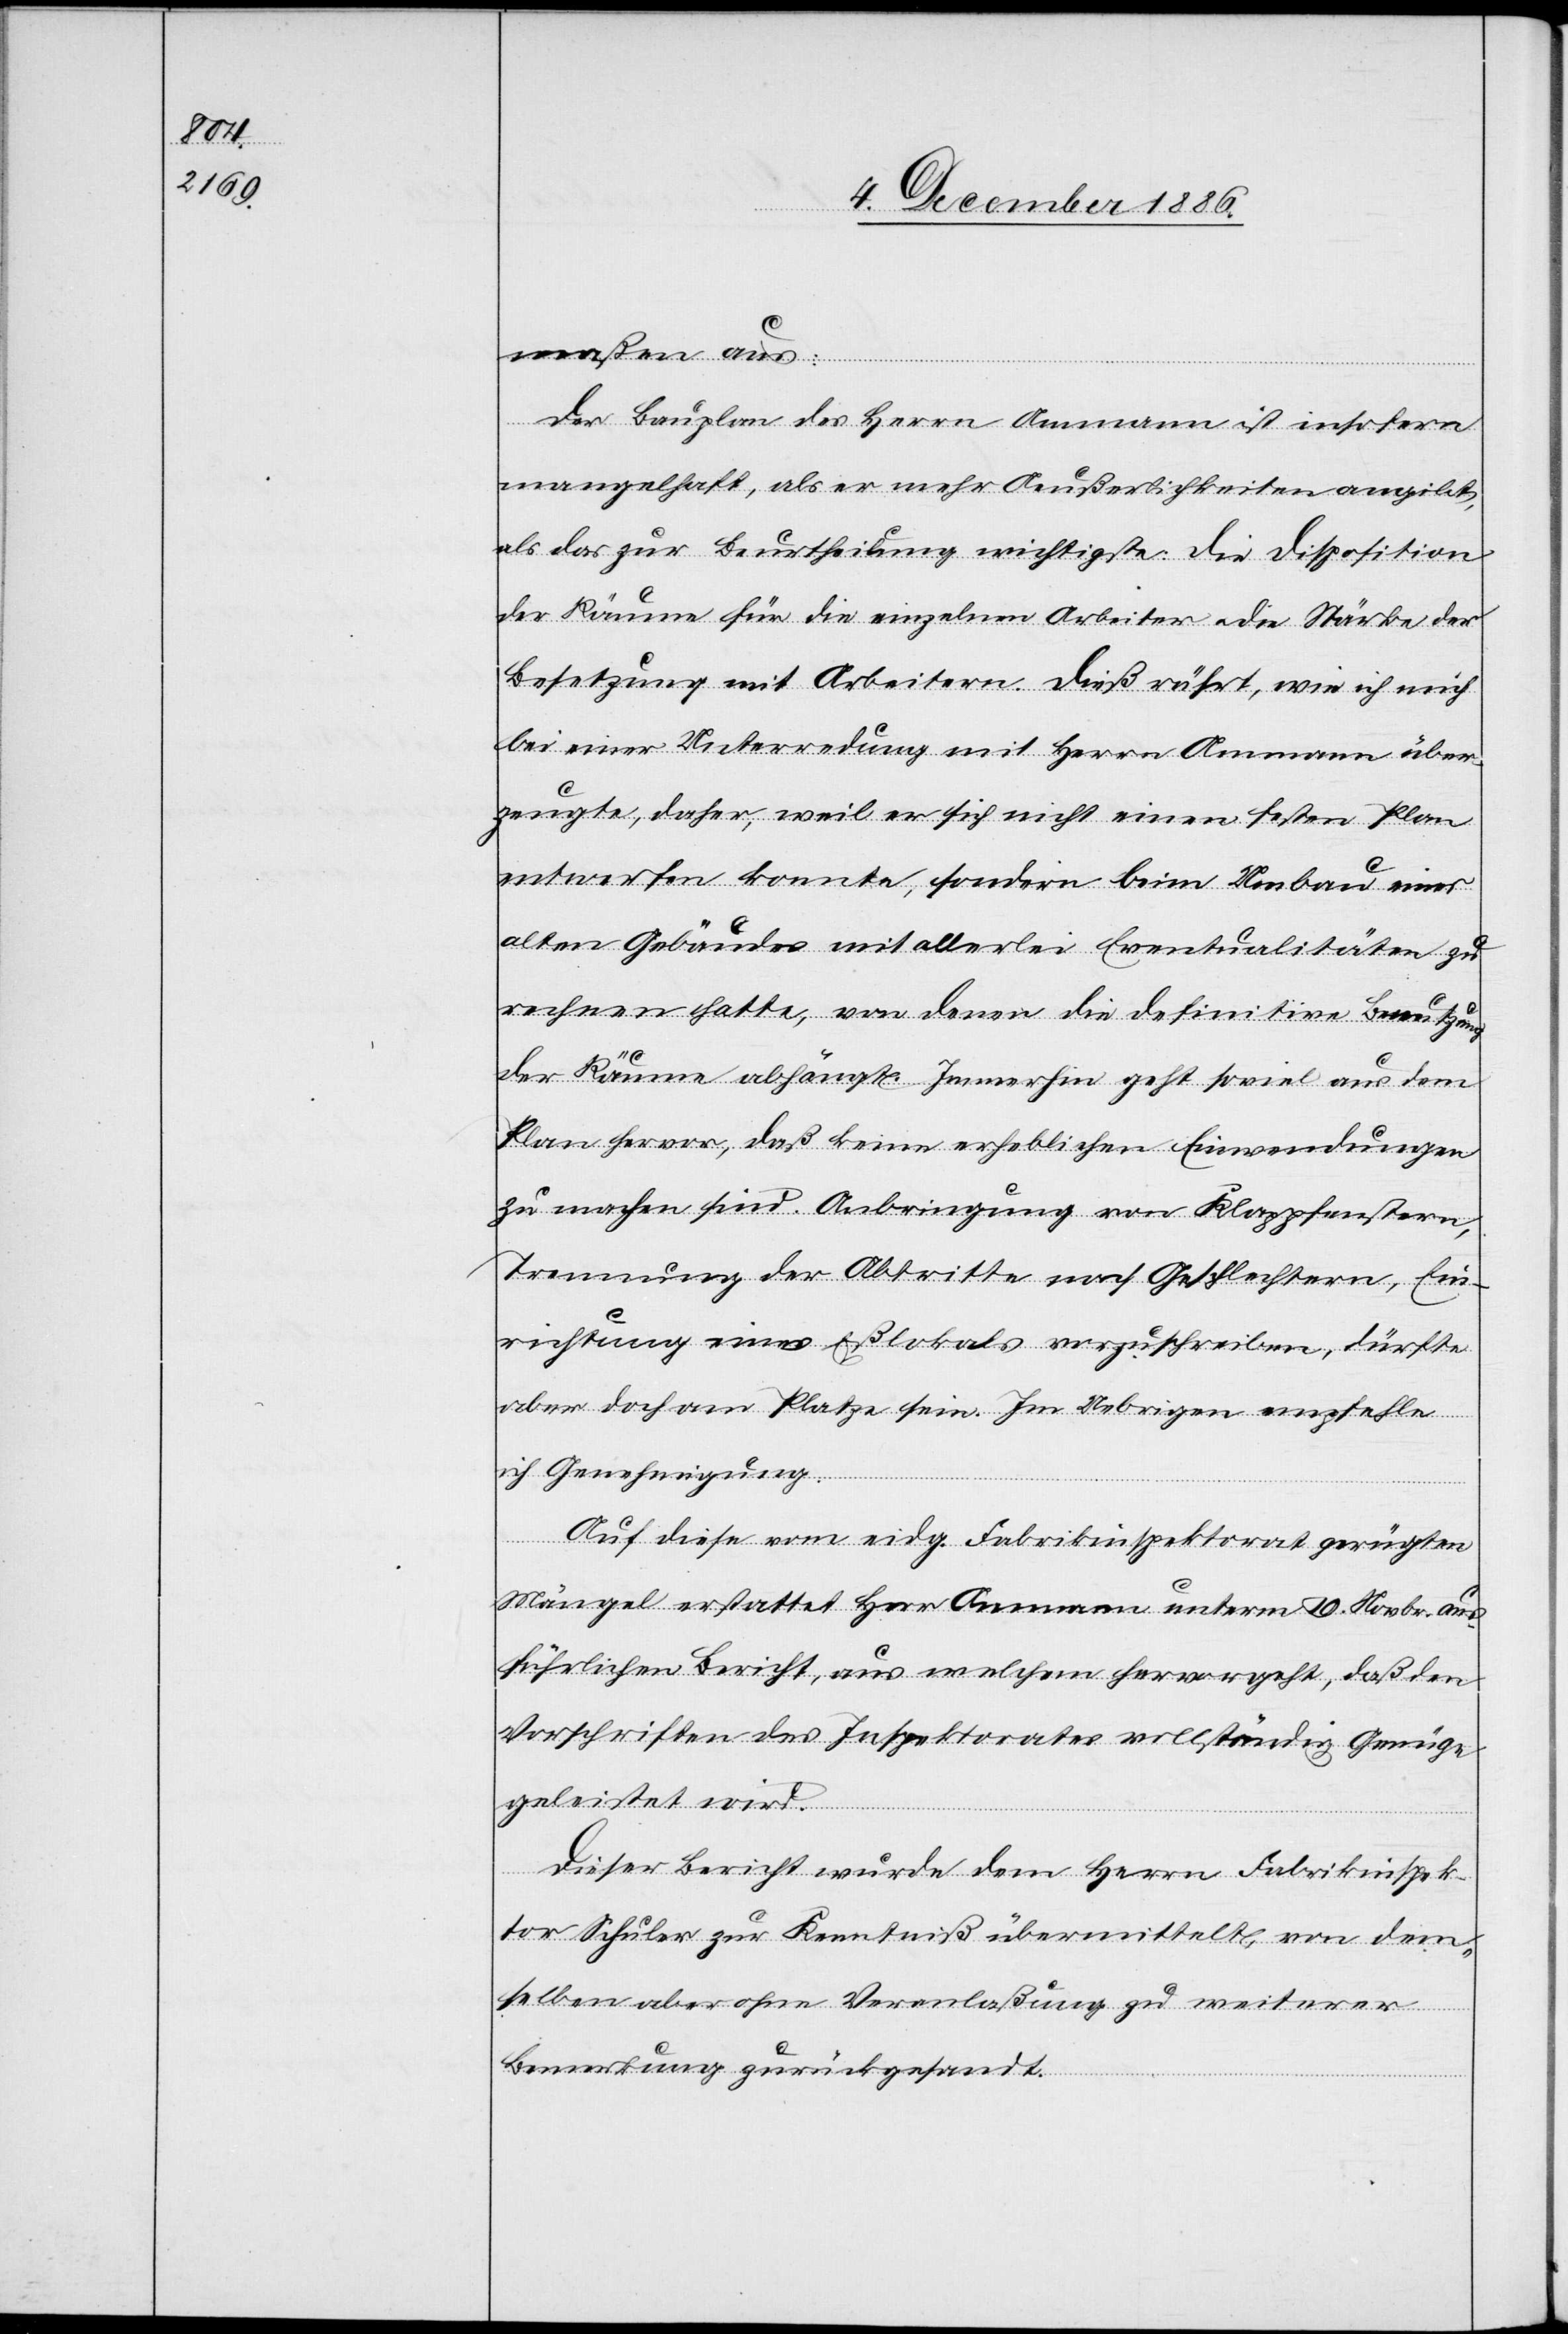
maßen aus:
Der Bauplan des Herrn Ammann ist insofern
mangelhaft, als er mehr Aeußerlichkeiten angibt,
als das zur Beurtheilung wichtigste: Die Disposition
der Räume für die einzelnen Arbeiter & die Stärke der
Besetzung mit Arbeitern. Dieß rührt, wie ich mich
bei einer Unterredung mit Herrn Ammann über¬
zeugte, daher, weil er sich nicht einen festen Plan
entwerfen konnte, sondern beim Umbau eines
alten Gebäudes mit allerlei Eventualitäten zu
rechnen hatte, von denen die definitive Benutzung
der Räume abhängt. Immerhin geht soviel aus dem
Plan hervor, daß keine erheblichen Einwendungen
zu machen sind. Anbringung von Klappfenstern,
Trennung der Abtritte nach Geschlechtern, Ein¬
richtung eines Eßlokals vorzuschreiben, dürfte
aber doch am Platze sein. Im Uebrigen empfehle
ich Genehmigung.
Auf diese vom eidg. Fabrikinspektorat gerügten
Mängel erstattet Herr Ammann unterm 19. Novbr. aus¬
führlichen Bericht, aus welchem hervorgeht, daß den
Vorschriften des Inspektorates vollständig Genüge
geleistet wird.
Dieser Bericht wurde dem Herrn Fabrikinspek¬
tor Schuler zur Kenntniß übermittelt von dem¬
selben aber ohne Veranlaßung zu weiterer
Bemerkung zurückgesandt.